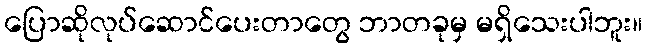
ပြောဆိုလုပ်ဆောင်ပေးတာတွေ ဘာတခုမှ မရှိသေးပါဘူး။